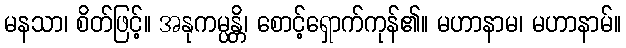
မနသာ၊ စိတ်ဖြင့်။ အနုကမ္ပန္တိ၊ စောင့်ရှောက်ကုန်၏။ မဟာနာမ၊ မဟာနာမ်။